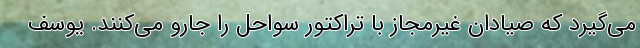
می‌گیرد که صیادان غیرمجاز با تراکتور سواحل را جارو می‌کنند. یوسف